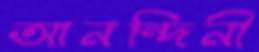
আনন্দিনী